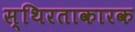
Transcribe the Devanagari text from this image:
स्थिरताकारक